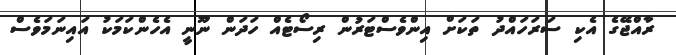
ރާއްޖޭގެ އެކި ސަރަހައްދު ތަކަށް އިންވެސްޓަރުން ރިސޯޓެއް ހަދަން ނޫނީ އެހެންކަމަކު އައިނަމަވެސް